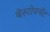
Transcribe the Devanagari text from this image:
बेस्टोवमेंट